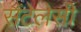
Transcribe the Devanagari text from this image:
सैंटेलेसी